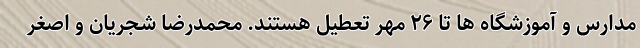
مدارس و آموزشگاه ها تا ۲۶ مهر تعطیل هستند. محمدرضا شجریان و اصغر